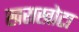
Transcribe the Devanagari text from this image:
खराखोटा